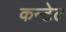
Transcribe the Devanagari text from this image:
कन्टेट